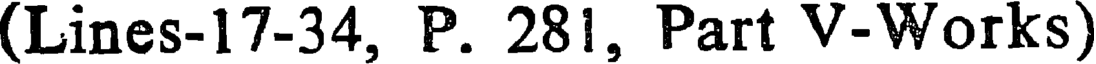
(Lines-17-34, P. 281, Part V-Works)